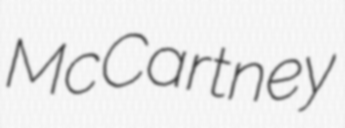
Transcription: McCartney